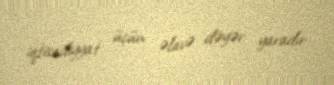
iqtisadiyyat üçün əlavə dəyər yaradır.